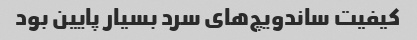
کیفیت ساندویچ‌های سرد بسیار پایین بود